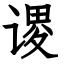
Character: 谡